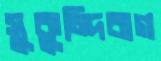
সুকুন্দিবাগ